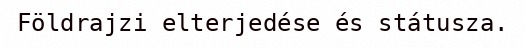
Földrajzi elterjedése és státusza.